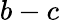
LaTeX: b-c